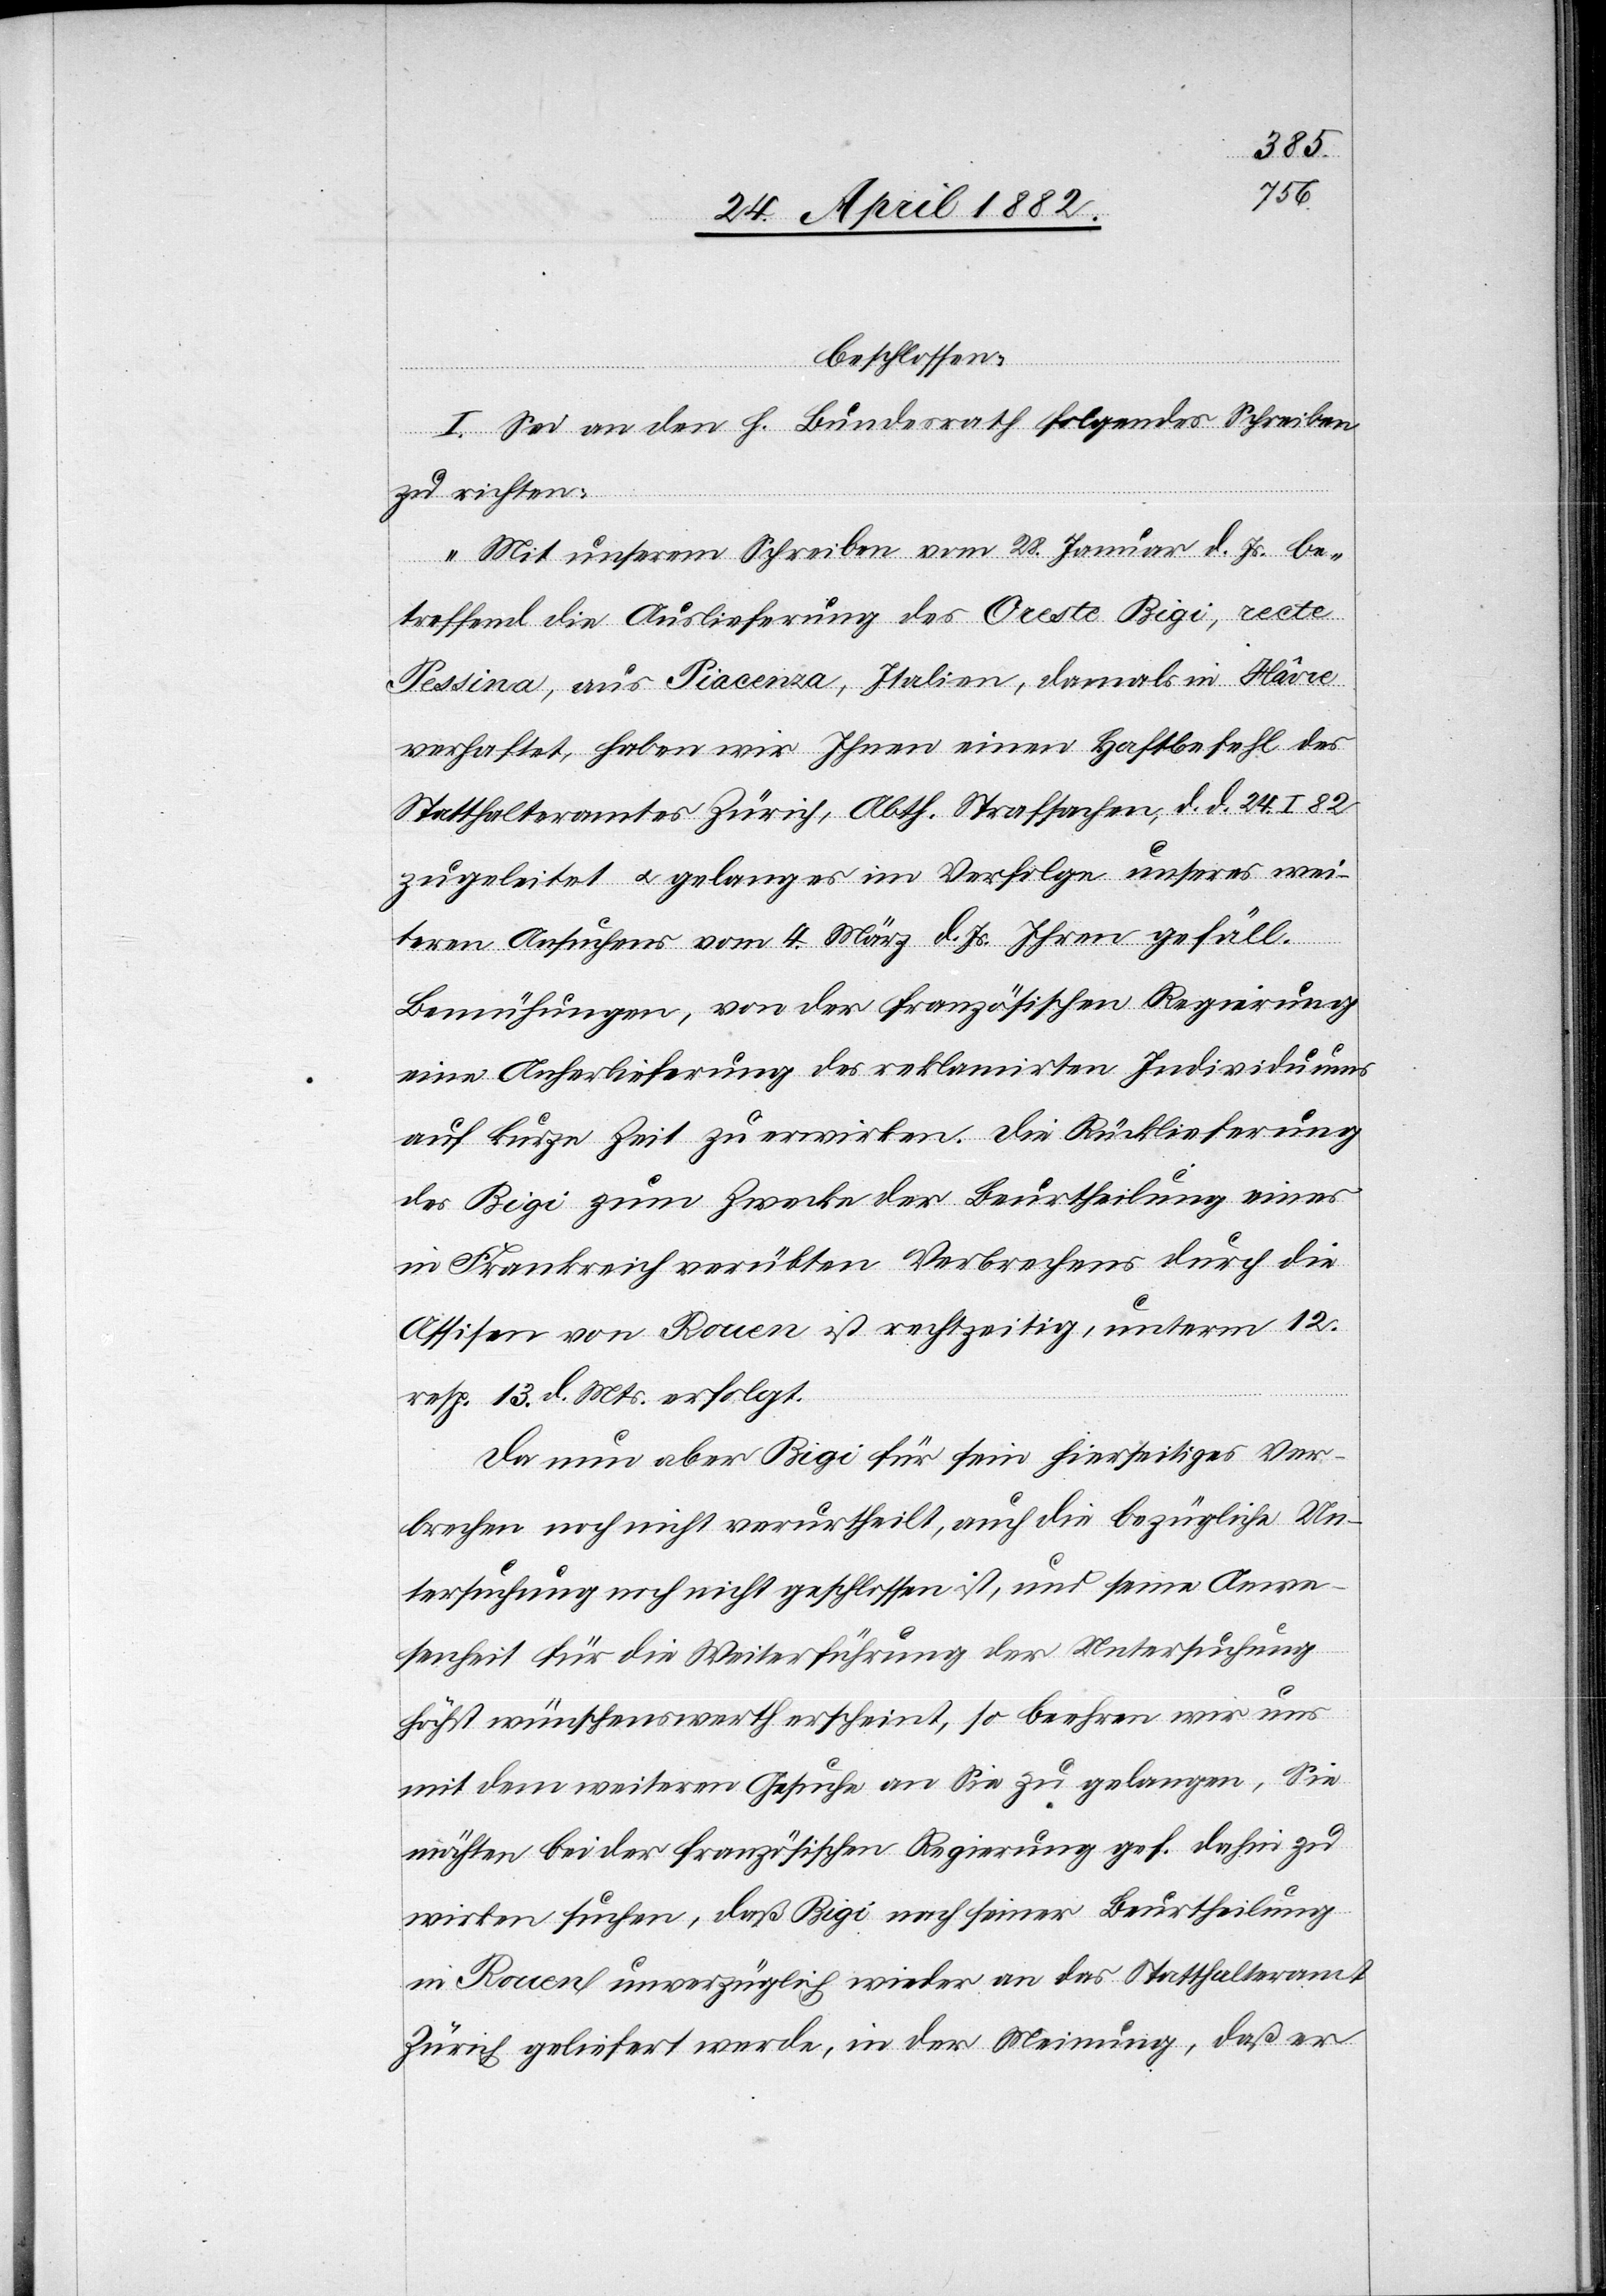
beschlossen:
I. Sei an den h. Bundesrath folgendes Schreiben
zu richten:
„Mit unserem Schreiben vom 28. Januar d. Js. be¬
treffend die Auslieferung des Oreste Rigi, recte
Pessina, aus Piacenza, Italien, damals in Hâvre
verhaftet, haben wir Ihnen einen Haftbefehl des
Statthalteramtes Zürich, Abth. Strafsachen, d. d. 24. I.
zugeleitet u. gelang es im Verfolge unseres wei¬
tern Ansuchens vom 4. März d. Js. Ihren gefäll.
Bemühungen, von der französischen Regierung
eine Anherlieferung des reklamirten Individuums
auf kurze Zeit zu erwirken. Die Rücklieferung
des Rigi zum Zwecke der Beurtheilung eines
in Frankreich verübten Verbrechens durch die
Assisen von Rouen ist rechtzeitig, unterm 12.
resp. 13. d. Mts. erfolgt.
Da nun aber Rigi für sein hierseitiges Ver¬
brechen noch nicht verurtheilt, auch die bezügliche Un¬
tersuchung noch nicht geschlossen ist, und seine Anwe¬
senheit für die Weiterführung der Untersuchung
höchst wünschenswerth erscheint, so beehren wir uns
mit dem weitern Gesuche an Sie zu gelangen, Sie
möchten bei der französischen Regierung gef. dahin zu
wirken suchen, daß Rigi nach seiner Beurtheilung
in Rouen unverzüglich wieder an das Statthalteramt
Zürich geliefert werde, in der Meinung, daß er